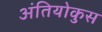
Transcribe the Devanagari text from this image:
अंतियोकुस